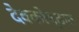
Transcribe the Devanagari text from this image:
देवकोष्ठात